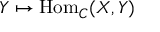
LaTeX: Y \mapsto { \mathrm { H o m } } _ { C } ( X , Y )